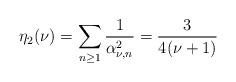
LaTeX: \begin{align*}\eta_{2}(\nu)=\sum_{n\geq 1}\frac{1}{\alpha^2_{\nu,n}}=\frac{3}{4(\nu+1)}\end{align*}